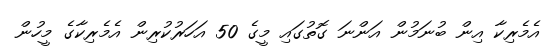
އެމެރިކާ އިން ބުނަމުން އަންނަ ގޮތުގައި މީގެ 50 އަހަރުކުރިން އެމެރިކާގެ މީހުން